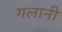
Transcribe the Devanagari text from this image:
गलानी